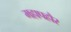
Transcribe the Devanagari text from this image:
महापहौर